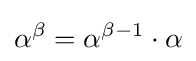
\alpha ^{\beta }=\alpha ^{\beta -1}\cdot \alpha